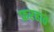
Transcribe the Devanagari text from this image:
फ़रहात